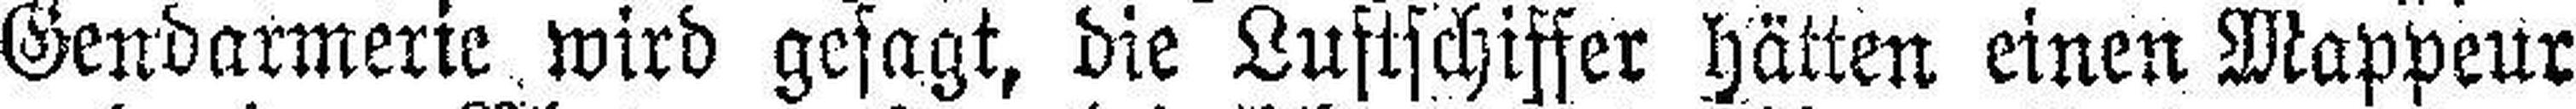
Gendarmerie wird gesagt, die Luftschiffer hätten einen Mappeur